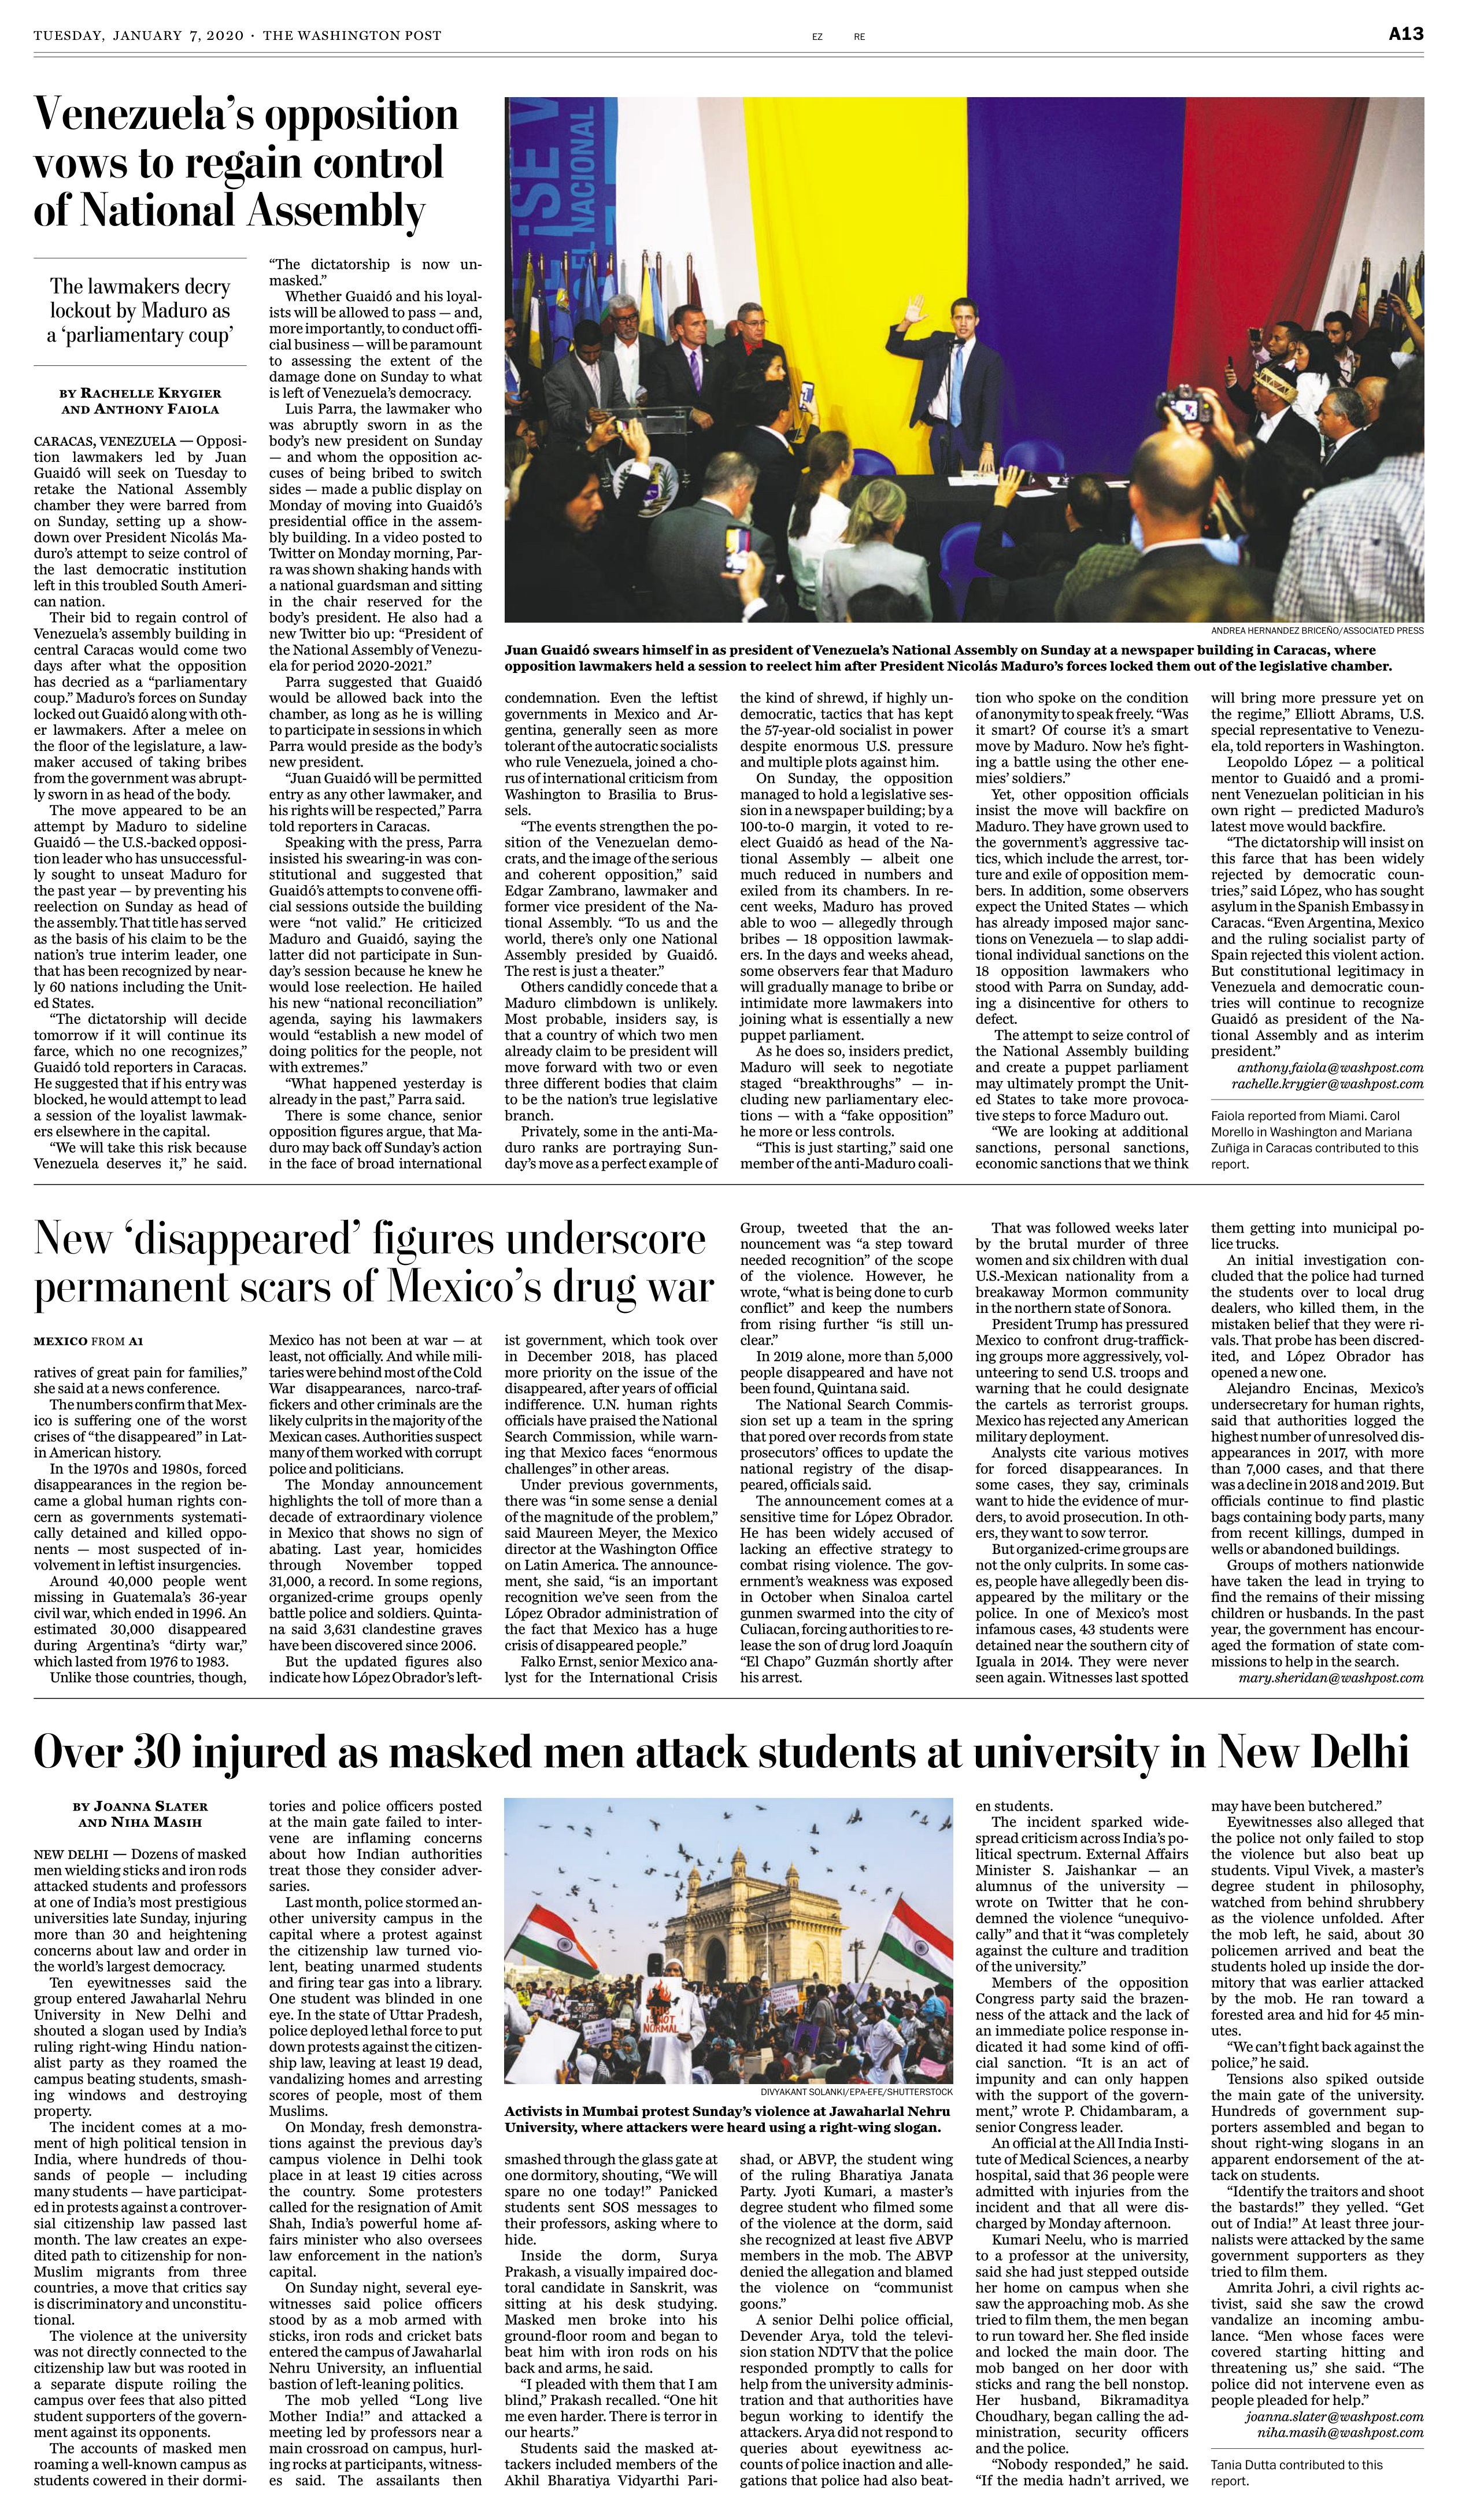
Language: en